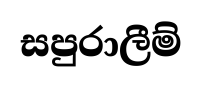
සපුරාලීම්